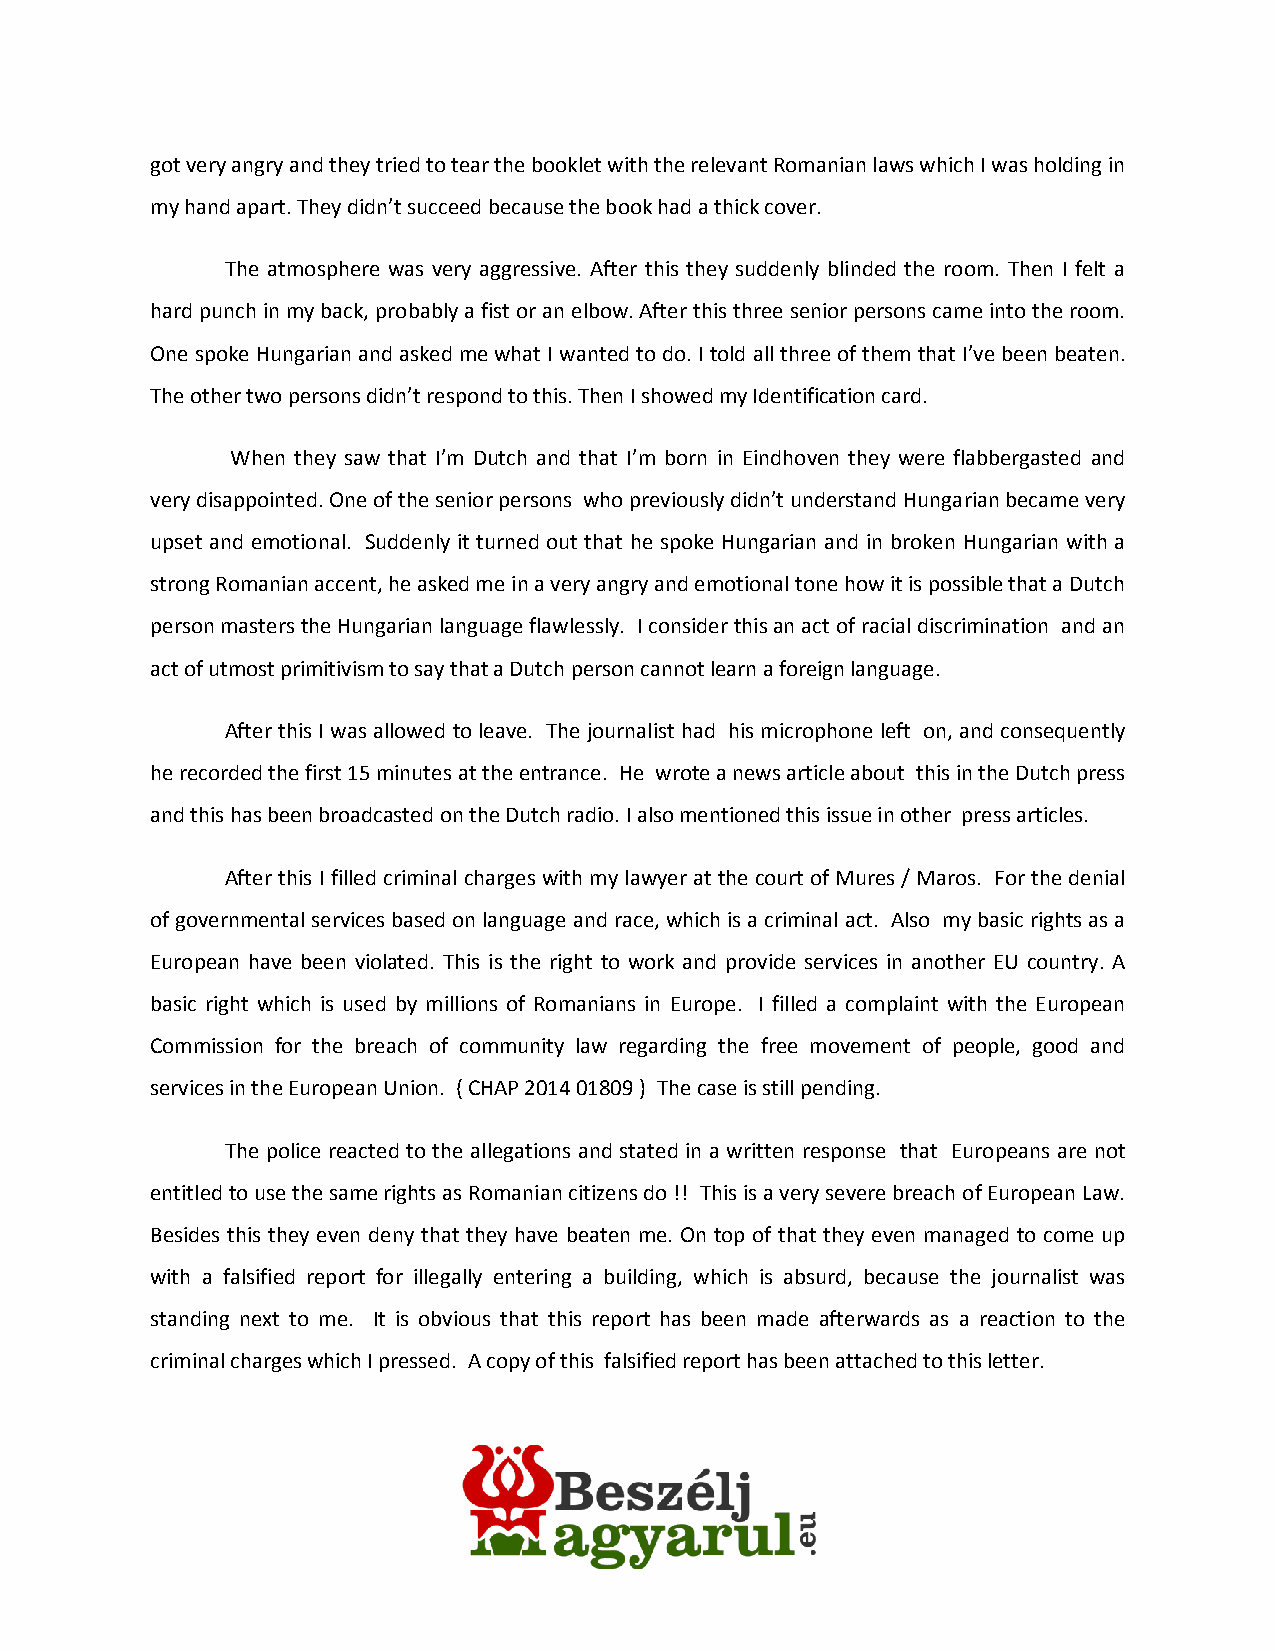
got very angry and they tried to tear the booklet with the relevant Romanian laws which I was holding in
 my hand apart. They didn’t succeed because the book had a thick cover.
 The atmosphere was very aggressive. After this they suddenly blinded the room. Then I felt a
 hard punch in my back, probably a fist or an elbow. After this three senior persons came into the room.
 One spoke Hungarian and asked me what I wanted to do. I told all three of them that I’ve been beaten.
 The other two persons didn’t respond to this. Then I showed my Identification card.
 When they saw that I’m Dutch and that I’m born in Eindhoven they were flabbergasted and
 very disappointed. One of the senior persons who previously didn’t understand Hungarian became very
 upset and emotional. Suddenly it turned out that he spoke Hungarian and in broken Hungarian with a
 strong Romanian accent, he asked me in a very angry and emotional tone how it is possible that a Dutch
 person masters the Hungarian language flawlessly. I consider this an act of racial discrimination and an
 act of utmost primitivism to say that a Dutch person cannot learn a foreign language.
 After this I was allowed to leave. The journalist had his microphone left on, and consequently
 he recorded the first 15 minutes at the entrance. He wrote a news article about this in the Dutch press
 and this has been broadcasted on the Dutch radio. I also mentioned this issue in other press articles.
 After this I filled criminal charges with my lawyer at the court of Mures / Maros. For the denial
 of governmental services based on language and race, which is a criminal act. Also my basic rights as a
 European have been violated. This is the right to work and provide services in another EU country. A
 basic right which is used by millions of Romanians in Europe. I filled a complaint with the European
 Commission for the breach of community law regarding the free movement of people, good and
 services in the European Union. ( CHAP 2014 01809 ) The case is still pending.
 The police reacted to the allegations and stated in a written response that Europeans are not
 entitled to use the same rights as Romanian citizens do !! This is a very severe breach of European Law.
 Besides this they even deny that they have beaten me. On top of that they even managed to come up
 with a falsified report for illegally entering a building, which is absurd, because the journalist was
 standing next to me. It is obvious that this report has been made afterwards as a reaction to the
 criminal charges which I pressed. A copy of this falsified report has been attached to this letter.